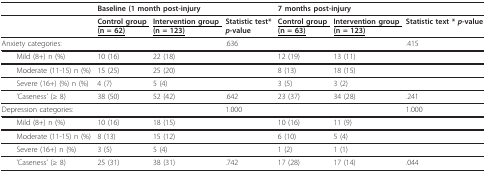
<table><thead><tr><td></td><td colspan="3"><b>Baseline (1 month post-injury</b></td><td colspan="3"><b>7 months post-injury</b></td></tr></thead><tbody><tr><td></td><td><b><underline>Control group (n = 62)</underline></b></td><td><b><underline>Intervention group (n = 123)</underline></b></td><td><b>Statistic test* <i>p</i>-value</b></td><td><b><underline>Control group (n = 63)</underline></b></td><td><b><underline>Intervention group (n = 123)</underline></b></td><td><b>Statistic text * <i>p</i>-value</b></td></tr><tr><td>Anxiety categories:</td><td></td><td></td><td>.636</td><td></td><td></td><td>.415</td></tr><tr><td> Mild (8+) n (%)</td><td>10 (16)</td><td>22 (18)</td><td></td><td>12 (19)</td><td>13 (11)</td><td></td></tr><tr><td> Moderate (11-15) n (%)</td><td>15 (25)</td><td>25 (20)</td><td></td><td>8 (13)</td><td>18 (15)</td><td></td></tr><tr><td> Severe (16+) (%) n (%)</td><td>4 (7)</td><td>5 (4)</td><td></td><td>3 (5)</td><td>3 (2)</td><td></td></tr><tr><td> &#x27;Caseness&#x27; (≥ 8)</td><td>38 (50)</td><td>52 (42)</td><td>.642</td><td>23 (37)</td><td>34 (28)</td><td>.241</td></tr><tr><td>Depression categories:</td><td></td><td></td><td>1.000</td><td></td><td></td><td>1.000</td></tr><tr><td> Mild (8+) n (%)</td><td>10 (16)</td><td>18 (15)</td><td></td><td>10 (16)</td><td>11 (9)</td><td></td></tr><tr><td> Moderate (11-15) n (%)</td><td>8 (13)</td><td>15 (12)</td><td></td><td>6 (10)</td><td>5 (4)</td><td></td></tr><tr><td> Severe (16+) n (%)</td><td>3 (5)</td><td>5 (4)</td><td></td><td>1 (2)</td><td>1 (1)</td><td></td></tr><tr><td> &#x27;Caseness&#x27; (≥ 8)</td><td>25 (31)</td><td>38 (31)</td><td>.742</td><td>17 (28)</td><td>17 (14)</td><td>.044</td></tr></tbody></table>